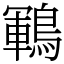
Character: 鶤